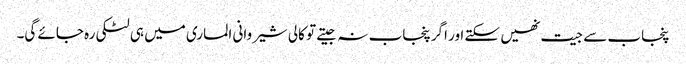
پنجاب سے جیت نھیں سکتے اور اگر پنجاب نہ جیتے تو کالی شیروانی الماری میں ہی لٹکی رہ جائے گی۔